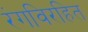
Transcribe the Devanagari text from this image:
रंगविरहित